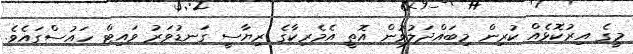
މީގެ އިރުކޮޅެއް ކުރިން މިބައްދަލުވުން އޮތީ އެމެރިކާގެ ރިޔާސީ ގަނޑުވަރު ވައިޓް ހައުސްގައެވެ.